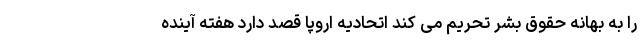
را به بهانه حقوق بشر تحریم می کند اتحادیه اروپا قصد دارد هفته آینده